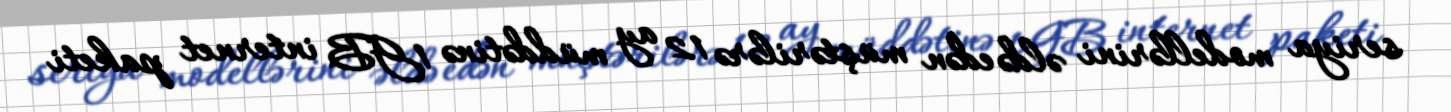
seriya modellərini əldə edən müştərilərə 12 ay müddətinə 1GB internet paketi